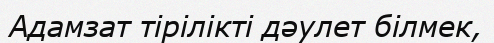
Адамзат тірілікті дәулет білмек,